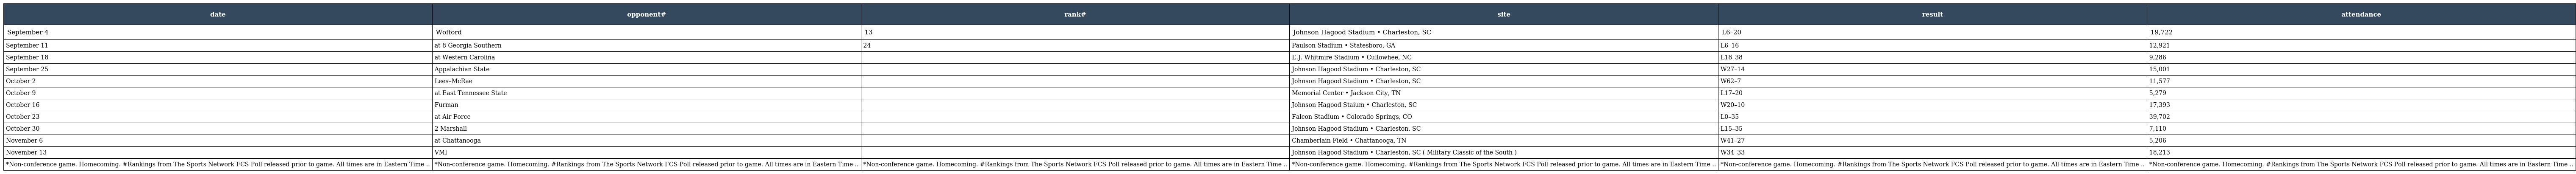
| date | opponent# | rank# | site | result | attendance |
 | --- | --- | --- | --- | --- | --- |
 | September 4 | Wofford | 13 | Johnson Hagood Stadium • Charleston, SC | L6–20 | 19,722 |
 | September 11 | at 8 Georgia Southern | 24 | Paulson Stadium • Statesboro, GA | L6–16 | 12,921 |
 | September 18 | at Western Carolina |  | E.J. Whitmire Stadium • Cullowhee, NC | L18–38 | 9,286 |
 | September 25 | Appalachian State |  | Johnson Hagood Stadium • Charleston, SC | W27–14 | 15,001 |
 | October 2 | Lees–McRae |  | Johnson Hagood Stadium • Charleston, SC | W62–7 | 11,577 |
 | October 9 | at East Tennessee State |  | Memorial Center • Jackson City, TN | L17–20 | 5,279 |
 | October 16 | Furman |  | Johnson Hagood Staium • Charleston, SC | W20–10 | 17,393 |
 | October 23 | at Air Force |  | Falcon Stadium • Colorado Springs, CO | L0–35 | 39,702 |
 | October 30 | 2 Marshall |  | Johnson Hagood Stadium • Charleston, SC | L15–35 | 7,110 |
 | November 6 | at Chattanooga |  | Chamberlain Field • Chattanooga, TN | W41–27 | 5,206 |
 | November 13 | VMI |  | Johnson Hagood Stadium • Charleston, SC ( Military Classic of the South ) | W34–33 | 18,213 |
 | *Non-conference game. Homecoming. #Rankings from The Sports Network FCS Poll released prior to game. All times are in Eastern Time .. | *Non-conference game. Homecoming. #Rankings from The Sports Network FCS Poll released prior to game. All times are in Eastern Time .. | *Non-conference game. Homecoming. #Rankings from The Sports Network FCS Poll released prior to game. All times are in Eastern Time .. | *Non-conference game. Homecoming. #Rankings from The Sports Network FCS Poll released prior to game. All times are in Eastern Time .. | *Non-conference game. Homecoming. #Rankings from The Sports Network FCS Poll released prior to game. All times are in Eastern Time .. | *Non-conference game. Homecoming. #Rankings from The Sports Network FCS Poll released prior to game. All times are in Eastern Time .. |